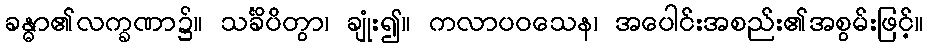
ခန္ဓာ၏လက္ခဏာ၌။ သင်္ခိပိတွာ၊ ချုံး၍။ ကလာပဝသေန၊ အပေါင်းအစည်း၏အစွမ်းဖြင့်။